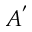
A ^ { ' }